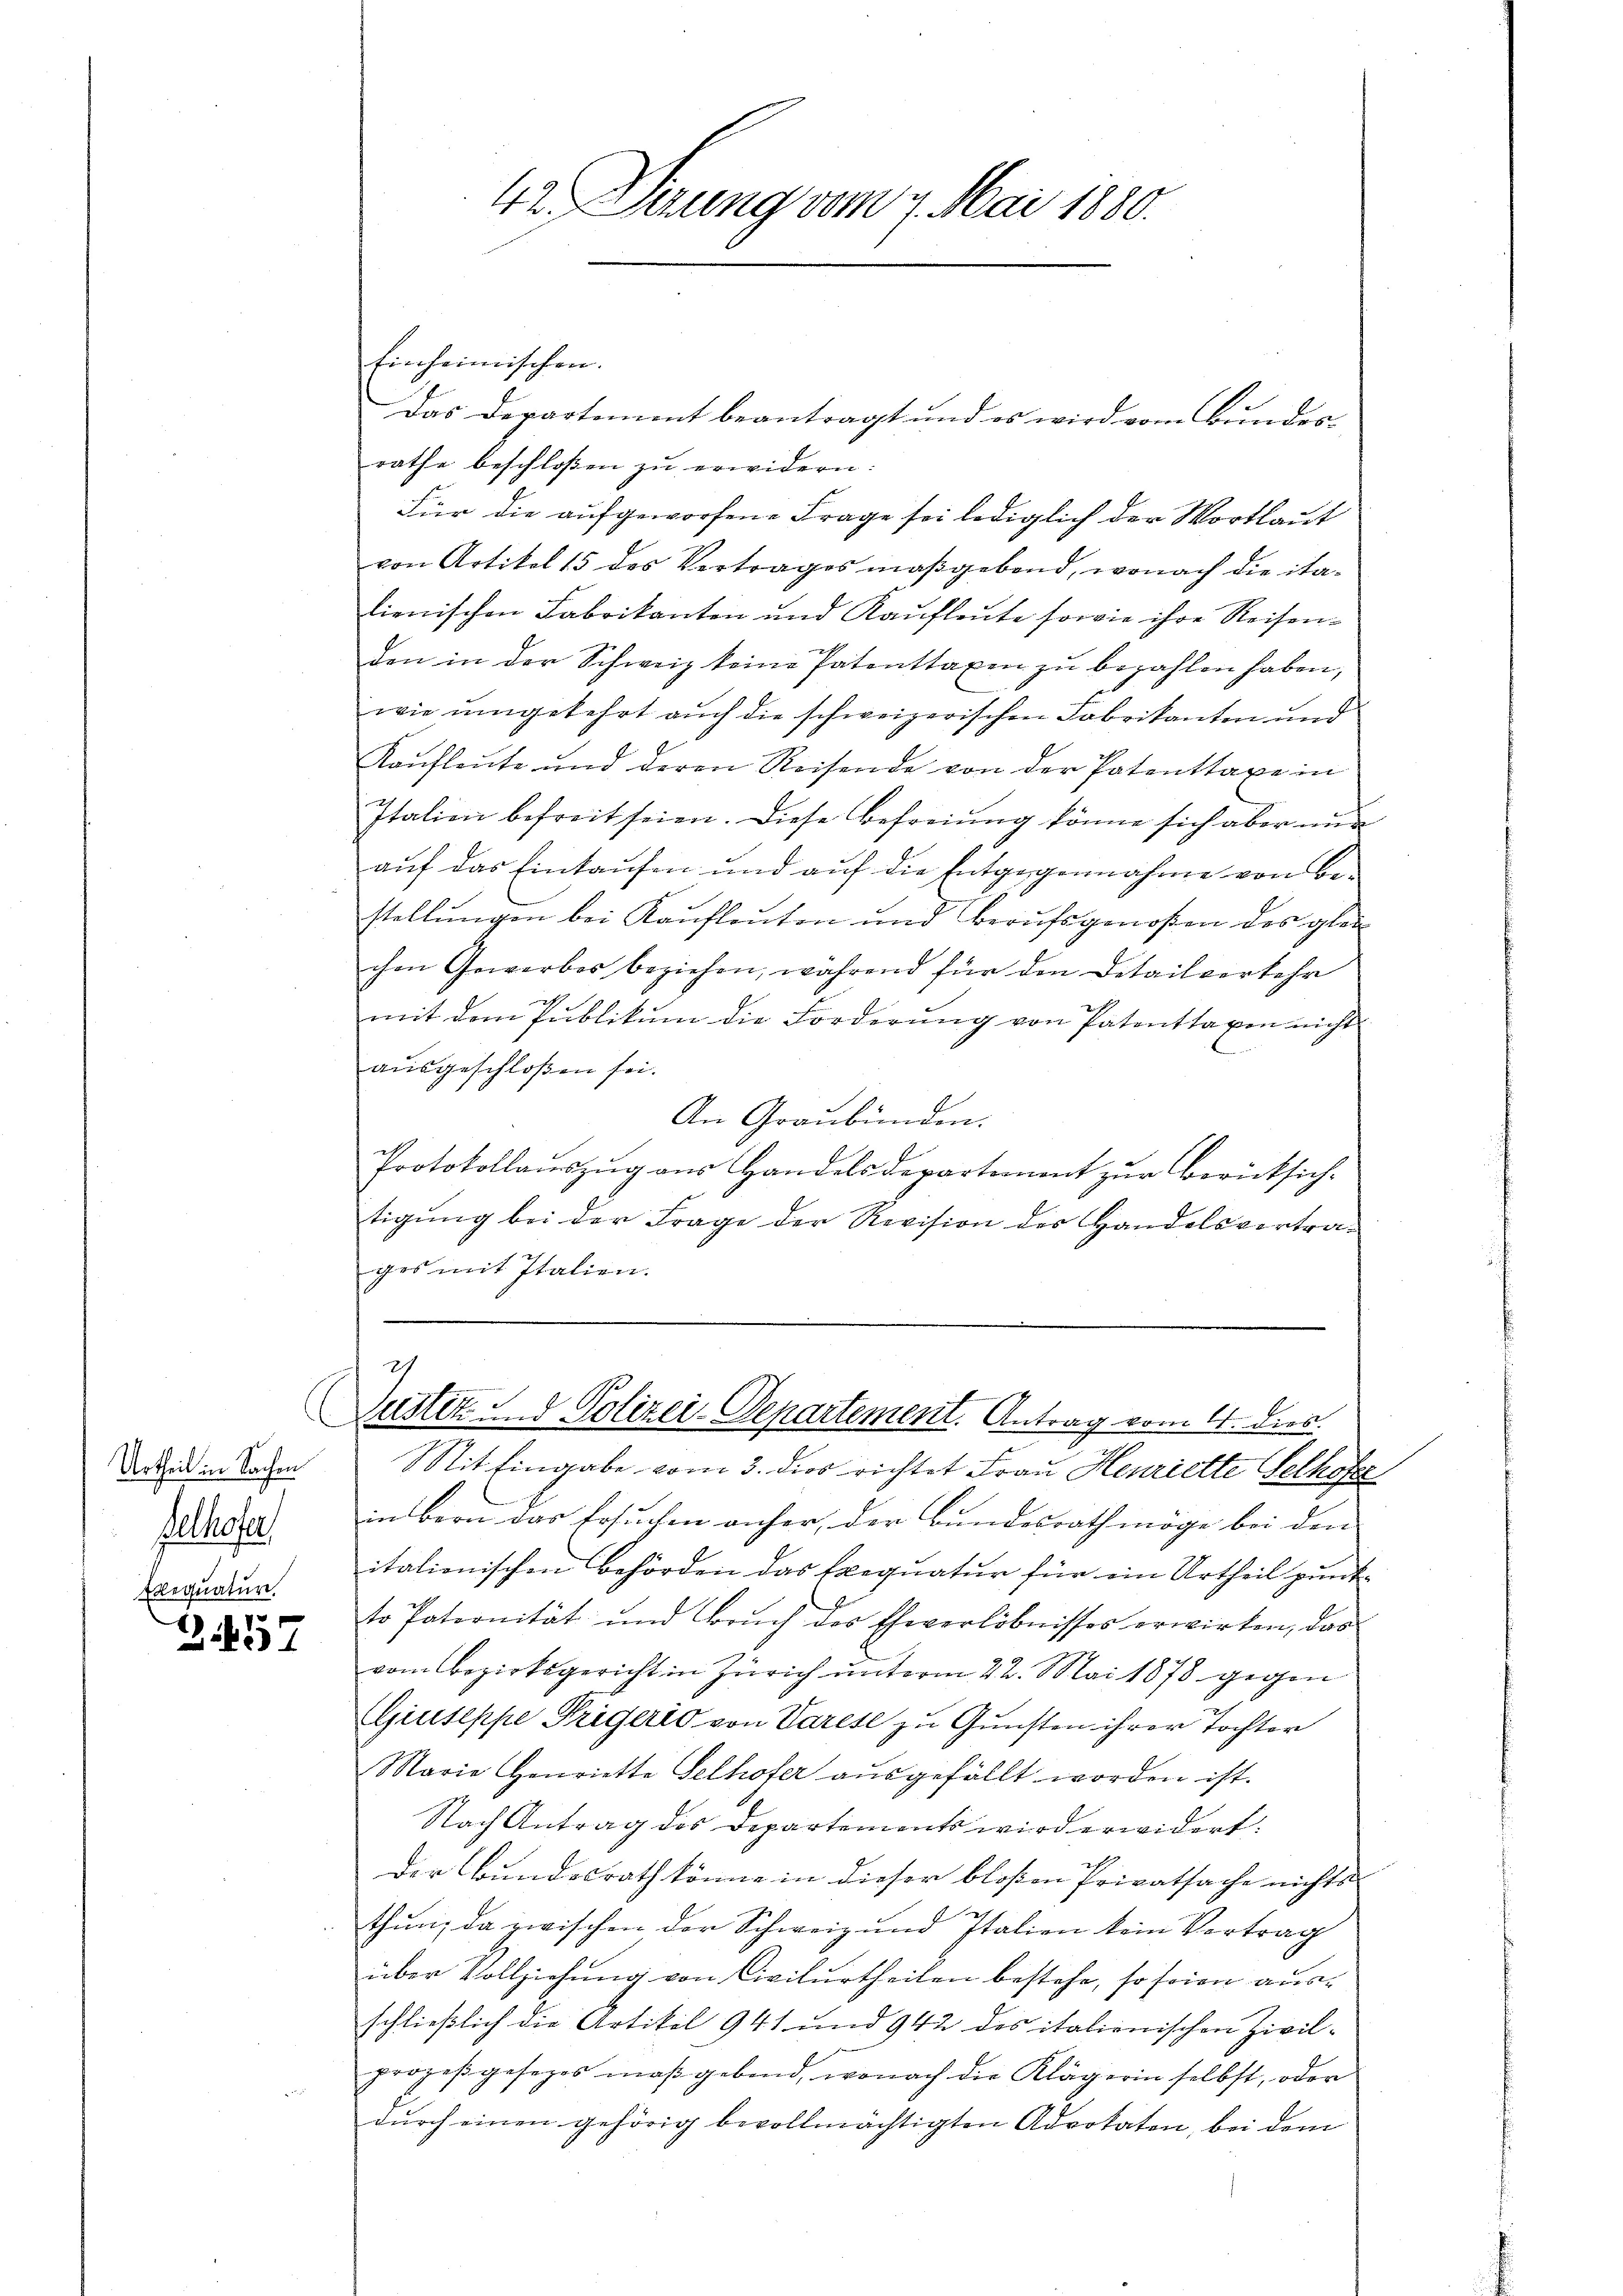
Urtheil in Sachen
Gelhofer
Aequatur.

B 457

42. Verung vom 7. Mai 1880.

finheimischen.
Das Departement beantragt und es wird vom Bundes-
rathe beschloßen zu erwidern:
Für die aufgeworfene Frage sei lediglich der Wortlaut
von Artikel 15 des Vertrages maßgebend, wonach die italienischen Fabrikanten und Kaufleute sowie ihre Reisenden in der Schweiz keine Patenttaxen zu bezahlen haben,
wie umgekehrt auch die schweizerischen Fabrikanten und
Kaŭfleŭte und deren Reisende von der Patenttaxe in
Italien befreit seien. Diese Befreiung könne sich aber nur
auf das Einkaufen und auf die Entgegennahme von Be-
stellungen bei Kaufleuten und Berufsgenoßen des gleichen Gewerbes beziehen, während für den Detailverkehr
mit dem Publikŭm die Forderŭng von Patenttaxen nicht
ausgeschloßen sei.
An Graubünden.
Protokollauszug aus Handelsdepartement zur Berücksichtigŭng bei der Frage der Revision der Handelsvertra-
ges mit Italien.

2
Justiz & Polizei-Departement. Antrag vom 4. dies.

it Eingabe vom 3. dies richtet Frau Henriette Gelhofe
in Bern das Ersuchen anher, der Bundesrath möge bei den
italionischen Behörden das Exequatur für ein Urtheil punkto Paternität und Brŭch des Eheverlöbnisses erwirken, das
vom Bezirksgericht in Zürich unterm 22. Mai 1878 gegen
Giuseppe Trigeris von Varese zu Gunsten ihrer Tochter
Marie Henriette Selhofer aŭsgefällt worden ist.
Nach Antrag des Departements wird erwidert.
Der Bundesrath könne in dieser bloßen Privatsache nichts
thun, da zwischen der Schweiz und Italien kein Vortrag
über Vollziehung von Civilurtheilen bestehe, so seien ausschließlich die Artikel 941 und 942 des italienischen Zivilprozeβgesezes maßgebend, wonach die Klägerin selbst, oder
durch einen gehörig bevollmächtigten Advokaten, bei dem